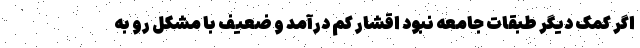
اگر کمک دیگر طبقات جامعه نبود اقشار کم درآمد و ضعیف با مشکل رو به